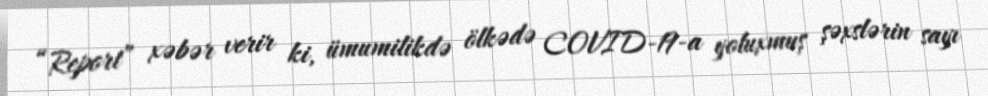
“Report” xəbər verir ki, ümumilikdə ölkədə COVID-19-a yoluxmuş şəxslərin sayı